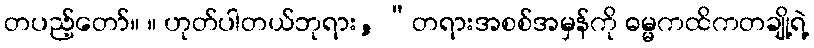
တပည့်တော်။ ။ ဟုတ်ပါတယ်ဘုရား, “တရားအစစ်အမှန်ကို ဓမ္မကထိကတချို့ရဲ့